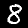
Digit: 8